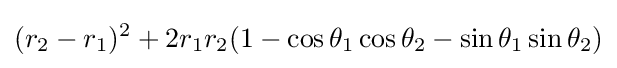
(r_{2}-r_{1})^{2}+2r_{1}r_{2}(1-\cos \theta _{1}\cos \theta _{2}-\sin \theta _{1}\sin \theta _{2})